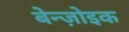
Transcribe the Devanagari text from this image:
बेन्ज़ोइक